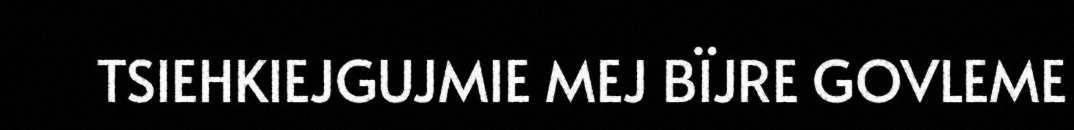
TSIEHKIEJGUJMIE MEJ BÏJRE GOVLEME